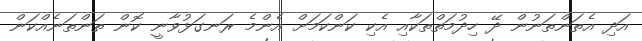
އަދި އެތަންތަނުން ދޭ ހިދުމަތްތަކާއި އެކި ކަންކަމަށް އެންމެ ރަނގަޅުވާނީ ކޮން ތަންތަނެއްކަން